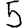
Digit: 5